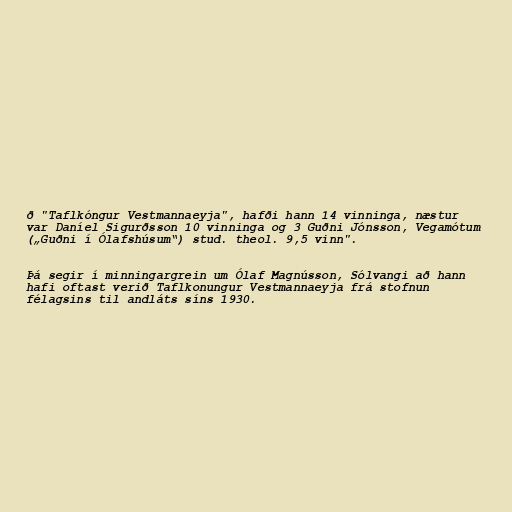
ð "Taflkóngur Vestmannaeyja", hafði hann 14 vinninga, næstur
var Daníel Sigurðsson 10 vinninga og 3 Guðni Jónsson, Vegamótum
(„Guðni í Ólafshúsum“) stud. theol. 9,5 vinn".

Þá segir í minningargrein um Ólaf Magnússon, Sólvangi að hann
hafi oftast verið Taflkonungur Vestmannaeyja frá stofnun
félagsins til andláts síns 1930.